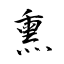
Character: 熏